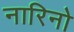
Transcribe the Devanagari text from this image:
नारिनो